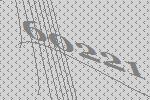
60221